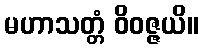
မဟာသတ္တံ ဝိဝဇ္ဇယိ။